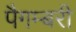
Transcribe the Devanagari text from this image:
पैगम्बरी